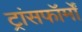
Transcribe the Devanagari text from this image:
ट्रांसफॉर्मों